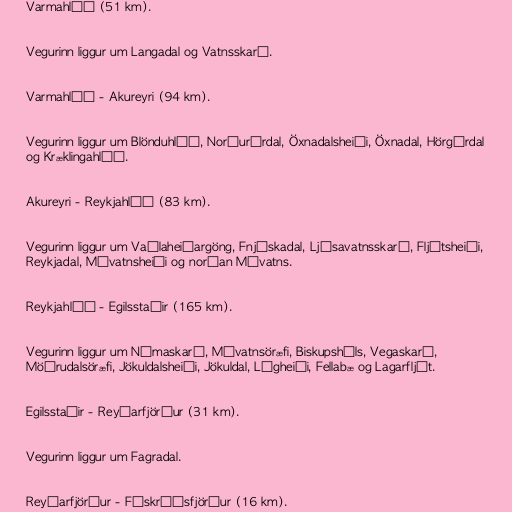
Varmahlíð (51 km).

Vegurinn liggur um Langadal og Vatnsskarð.

Varmahlíð - Akureyri (94 km).

Vegurinn liggur um Blönduhlíð, Norðurárdal, Öxnadalsheiði, Öxnadal, Hörgárdal
og Kræklingahlíð.

Akureyri - Reykjahlíð (83 km).

Vegurinn liggur um Vaðlaheiðargöng, Fnjóskadal, Ljósavatnsskarð, Fljótsheiði,
Reykjadal, Mývatnsheiði og norðan Mývatns.

Reykjahlíð - Egilsstaðir (165 km).

Vegurinn liggur um Námaskarð, Mývatnsöræfi, Biskupsháls, Vegaskarð,
Möðrudalsöræfi, Jökuldalsheiði, Jökuldal, Lágheiði, Fellabæ og Lagarfljót.

Egilsstaðir - Reyðarfjörður (31 km).

Vegurinn liggur um Fagradal.

Reyðarfjörður - Fáskrúðsfjörður (16 km).